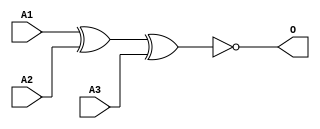
module JXNOR3B(A1, A2, A3, O);
input   A1;
input   A2;
input   A3;
output  O;
xnor g0(O, A1, A2, A3);
endmodule